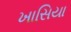
ખાસિયા